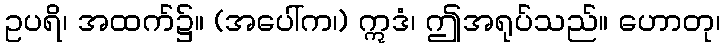
ဥပရိ၊ အထက်၌။ (အပေါ်က၊) ဣဒံ၊ ဤအရုပ်သည်။ ဟောတု၊